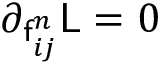
\partial _ { \mathsf { f } _ { i j } ^ { n } } \mathsf { L } = 0